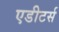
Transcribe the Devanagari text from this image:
एडीटर्स